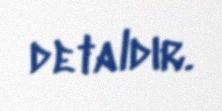
detaldır.